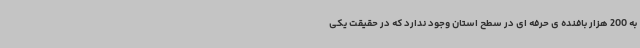
به 200 هزار بافنده ی حرفه ای در سطح استان وجود ندارد که در حقیقت یکی